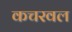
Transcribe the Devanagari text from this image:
कचरवल